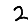
Digit: 2